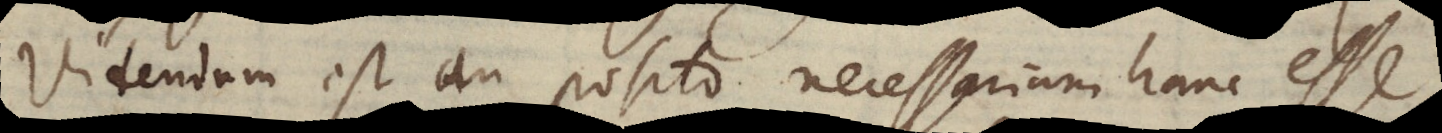
Videndum est an posito necessariam hanc esse